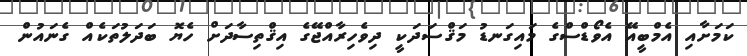
ކަމަށާއި އެމްބީއޭ އެވޯޑްސްގެ މައިގަނޑު މަޤްސަދަކީ ދިވެހިރާއްޖޭގެ އިޤްތިސާދަށް ހެޔޮ ބަދަލުތަކެއް ގެނައުން